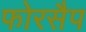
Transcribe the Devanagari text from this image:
फोरसैप